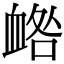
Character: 𧖼